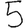
Digit: 5